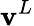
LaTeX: \mathbf{v}^{L}